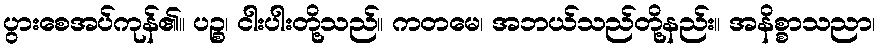
ပွားစေအပ်ကုန်၏။ ပဉ္စ၊ ငါးပါးတို့သည်။ ကတမေ၊ အဘယ်သည်တို့နည်း။ အနိစ္စာသညာ၊